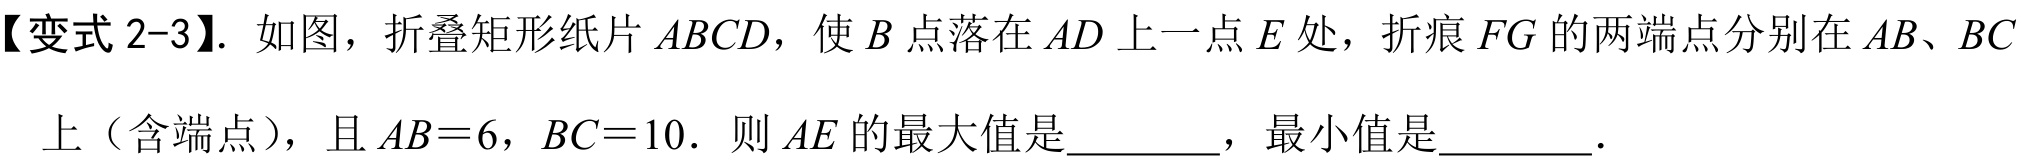
【变式2-3】. 如图，折叠矩形纸片\(ABCD\)，使\(B\)点落在\(AD\)上一点\(E\)处，折痕\(FG\)的两端点分别在\(AB、BC\)上（含端点），且\(AB = 6\)，\(BC = 10\)．则\(AE\)的最大值是_______，最小值是_______．